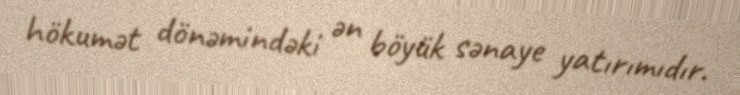
hökumət dönəmindəki ən böyük sənaye yatırımıdır.